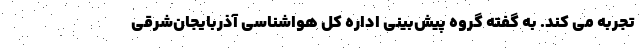
تجربه می کند. به گفته گروه پیش‌بینی اداره کل هواشناسی آذربایجان‌شرقی